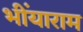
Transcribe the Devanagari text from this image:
भींयाराम